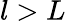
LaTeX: l>L